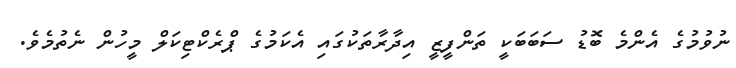
ނުވުމުގެ އެންމެ ބޮޑު ސަބަބަކީ ތަންފީޒީ އިދާރާތަކުގައި އެކަމުގެ ޕްރެކްޓިކަލް މީހުން ނެތުމެވެ.